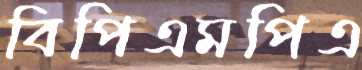
বিপিএমপিএ